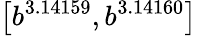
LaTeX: \left[b^{3.14159},b^{3.14160}\right]